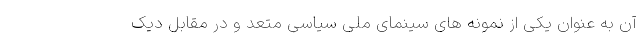
آن به عنوان یکی از نمونه های سینمای ملی سیاسی متعد و در مقابل دیک